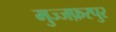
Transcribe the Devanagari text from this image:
मुज्जफ़रपुर